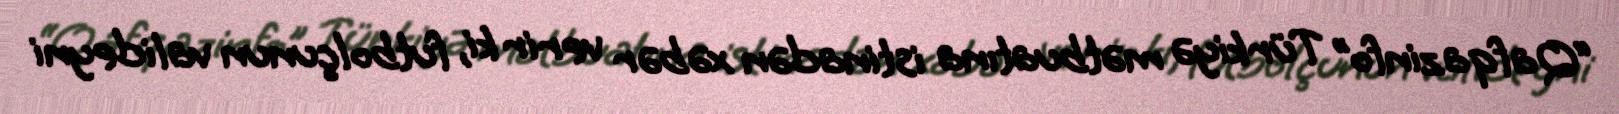
“Qafqazinfo” Türkiyə mətbuatına istinadən xəbər verir ki, futbolçunun valideyni